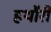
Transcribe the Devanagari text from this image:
हथौरी